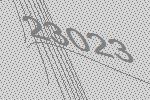
23023